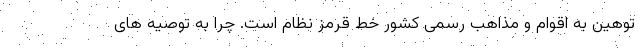
توهین به اقوام و مذاهب رسمی کشور خط قرمز نظام است. چرا به توصیه های